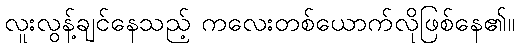
လူးလွန့်ချင်နေသည့် ကလေးတစ်ယောက်လိုဖြစ်နေ၏။